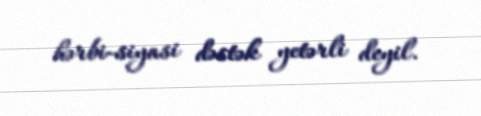
hərbi-siyasi dəstək yetərli deyil.